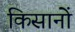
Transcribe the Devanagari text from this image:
किसानोें